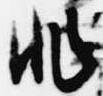
非